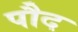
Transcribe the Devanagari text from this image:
पौद